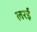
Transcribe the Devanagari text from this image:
लरई